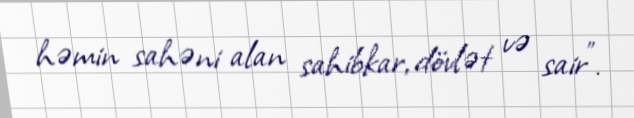
həmin sahəni alan sahibkar, dövlət və sair”.